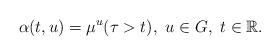
LaTeX: \begin{align*}\alpha(t,u)=\mu^u(\tau>t), \ u\in G, \ t\in\mathbb{R}. \end{align*}